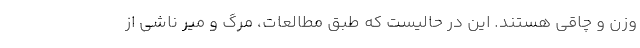
وزن و چاقی هستند. این در حالیست که طبق مطالعات، مرگ و میر ناشی از